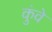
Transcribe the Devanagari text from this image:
कुंवे